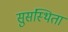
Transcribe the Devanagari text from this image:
सुसंस्थिता